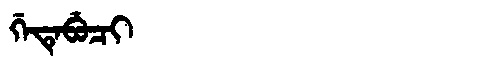
Manchu: ᡤᡝᡨᡝᠪᡠᠴᡳ
Romanization: GETEBUCI